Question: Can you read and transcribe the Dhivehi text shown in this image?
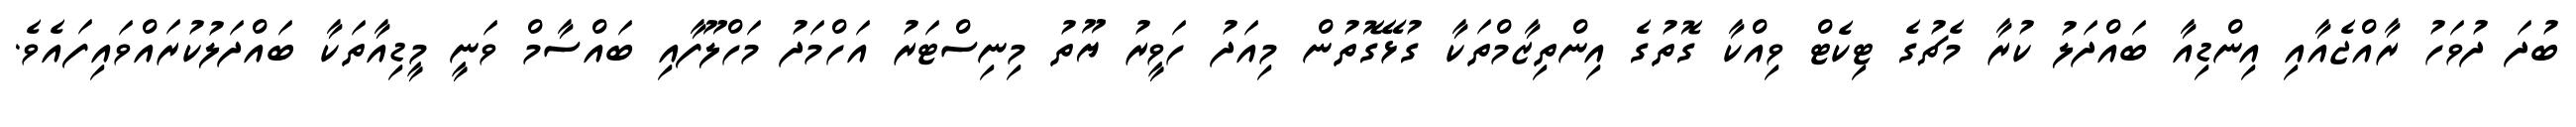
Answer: ބުދަ ދުވަހު ރާއްޖެއާއި އިންޑިއާ ބައްދަލު ކުރާ މެޗުގެ ޓިކެޓް ވިއްކާ ގޮތުގެ އިންތިޒާމްތަކާ ގުޅޭގޮތުން މިއަދު ހަވީރު ޔޫތު މިނިސްޓަރު އަހްމަދު މަހްލޫފާއި ބައްސާމް ވަނީ މީޑިއާތަކާ ބައްދަލުކުރައްވައިފައެވެ.